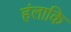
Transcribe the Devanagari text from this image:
हंलाकि